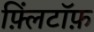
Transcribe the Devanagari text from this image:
फ़्लिंटॉफ़